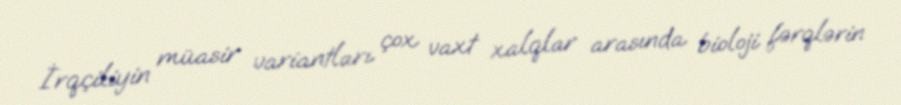
İrqçiliyin müasir variantları çox vaxt xalqlar arasında bioloji fərqlərin